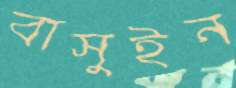
বাসুইন